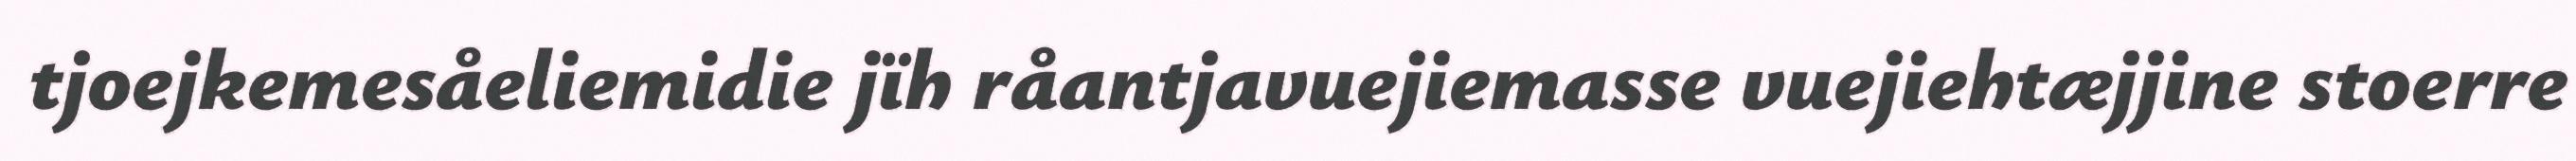
tjoejkemesåeliemidie jïh råantjavuejiemasse vuejiehtæjjine stoerre